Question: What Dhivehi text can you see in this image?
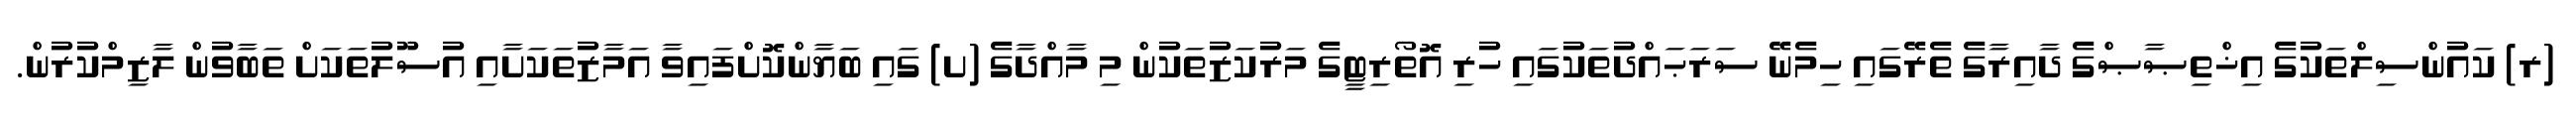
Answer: (ރ) ކައުންސިލްތަކުގެ އިޚްތިޞާޞްގެ ދާއިރާގެ ތެރޭގައި ހިމެނޭ ސަރަޙައްދުތަކުގައި ހުރި އޮތޯރިޓީގެ މަރުކަޒުތަކުން މި މާއްދާގެ (ށ) ގައި ބަޔާންކޮށްފައިވާ އަމާޒުތަކަށާއި އުސޫލުތަކަށް ތަބާވުން ލާޒިމްކުރުން.